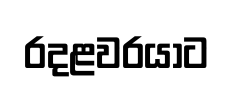
රදළවරයාට